Vaccination report Assam 1874-1896 - 1874-1896
Year: 1874
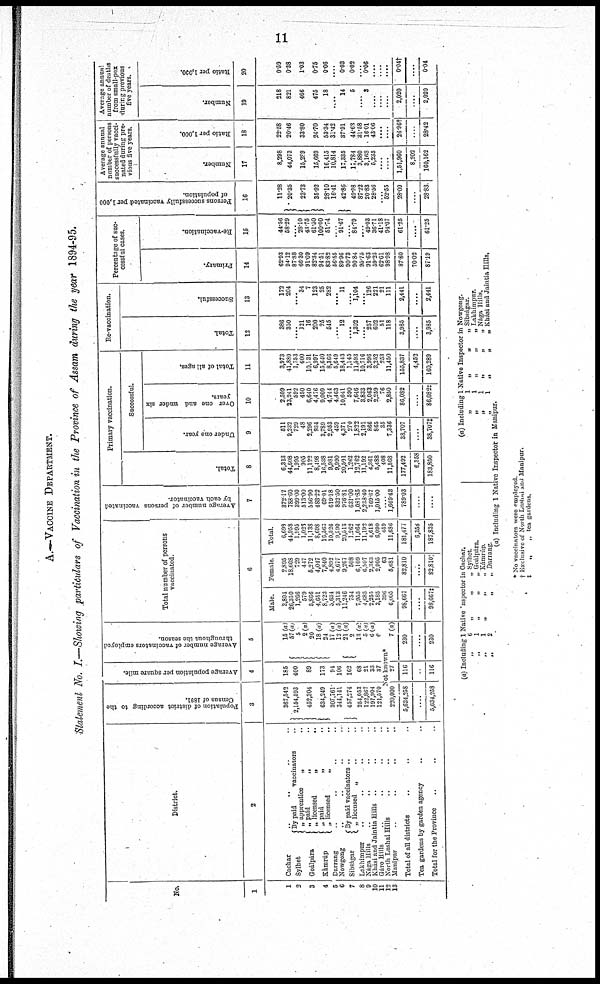
11
A.—VACCINE DEPARTMENT.
Statement No. I.—Showing particulars of Vaccination in the Province of Assam during the year 1894-95.
No.
1
1
2
3
4
5
6
7
8
9
10
11
12
13
District.
2
Cachar .. .. .. ..
Sylhet
Goálpára
Kámrúp
By paid
vaccinators ..
„ apprentice
„ ..
„ paid
„ ..
„ licensed
„
..
„ paid
„ ..
„ licensed
„ ..
Darrang .. .. .. ..
Nowgong .. .. .. ..
Sibságar
By paid vaccinators .. ..
„ licensed „
..
..
Lakhimpur .. .. .. ..
Nága Hills .. .. .. ..
Khasi and Jaintia Hills .. .. ..
Gáro Hills .. .. .. ..
North Lushar Hills .. .. .. ..
Manipur
..
..
..
..
Total of all districts .. .. ..
Tea gardens by garden agency .. ..
Total for the Province .. .. .. ..
Population of district according to the
Census of 1891.
3
367,542
2,154,593
452,304
634,249
307,761
344,141
457,274
254,053
122,867
197,904
121,570
Average population per square mile.
4
185
400
89
173
94
100
162
68
21
33
37
Average number of vaccinators employed
throughout the season.
5
15(a)
57(a)
5
2(a)
20
18 (a)
24
17(a)
12(a)
21 (a)
2
13(a)
5(a)
6(a)
6
Not known*
220,000
5,634,258
....
5,634,258
27
116
..
116
7(a)
230
....
230
Total number of persons
vaccinated.
6
Male.
3,804
26,350
1,266
579
5,866
4,651
8,723
3,684
5,313
11,246
754
7,955
4,685
2,255
3,185
396
6,005
98,667
....
98,667‡
Female.
2,895
18,608
729
417
5,272
4,047
7,840
4,892
4,677
9,267
508
6,109
6,507
2,663
2,905
63
5,681
82,810
....
82,810†
Total
6,699
44,958
1,995
1,026
11,138
8,698
16,566
10,526
9,990
20,516
1,262
11,064
11,192
4,618
6,090
459
11,686
181,477
6,358
187,835
Average number of persons vaccinated
by each vaccinator.
7
372.17
788.60
399.00
513.00
556.90
483.22
69.01
619.18
832.50
976.81
631.00
1,081.85
2,238.40
769.67
1,015.00
....
1,669.43
789.03
....
....
Primary vaccination.
Total.
8
6,313
44,608
1,995
905
11,122
8,498
16,538
9,981
9,990
20,501
1,262
12,762
11,192
4,361
5,488
408
11,568
177,492
6,358
183,850
Successful.
Under one year.
9
511
9,232
729
48
2,296
934
3,789
2,953
459
4,371
270
1,822
2,191
866
865
35
7,336
38,707
....
38,707‡
Over one and under six
years.
10
2,509
23,241
592
450
6,640
4,476
9,009
4,744
4,463
10,641
590
7,646
3,833
2,063
2,259
76
2,850
86,082
....
86,082‡
Total of all ages.
11
3,973
41,880
1,753
600
10,131
6,997
15,640
8,366
5,649
18,443
1,145
11,596
10,716
3,996
3,252
253
11,450
155,837
4,452
160,289
Re-vaccination.
Total.
12
386
350
.... 121
16
200
26
545
.... 12
....
1,302
.... 257
602
51
118
3,985
....
3,985
Successful.
13
172
204
.... 34
7
123
25
282
....
11
....
1,104
....
126
221
21
111
2,441
....
2,441
Percentage of suc-
cessful cases.
Primary.
14
62.93
94.12
87.38
66.30
91.09
82.34
94.51
83.82
56.55
89.96
90.73
90.84
95.75
91.63
59.25
62.01
98.98
87.80
70.02
87.19
Re-vaccination.
15
44.56
58.29
.... 28.10
43.75
61.50
100.00
51.74
....
91.67
.... 84.79
.... 49.03
36.71
41.18
94.07
61.25
....
61.25
Persons successfully vaccinated per 1,000
of population.
16
11.28
20.35
23.73
35.92
28.10
16.41
42.86
49.98
87.22
20.83
28.56
.... 52.55
28.09
....
28.88
Average annual
number of persons
successfully vacci-
nated during pre-
vious five years.
Number.
17
8,298
44,073
15,289
15,669
16,415
10,814
17,335
11,784
3,880
3,168
5,235
....
....
1,51,960
8,202
160,162
Ratio per 1,000.
18
22.58
20.46
33.80
24.70
53.34
31.42
37.91
44.63
31.58
16.01
43.06
....
....
26.96†
....
28.42
Average annual
number of deaths
from small-pox
during previous
five years.
Number.
19
218
821
466
475
18
....
14
5
.... 3
....
....
....
2,020
....
2,020
Ratio per 1,000.
20
0.59
0.38
1.03
0.75
0.06
....
0.03
0.02
.... 0.06
....
....
....
0.04†
....
0.04
(a) Including 1 Native Inspector in Cachar.
„ 6
„
„
„ Sylhet
„
1
„
„
„ Goálpára.
„
1
„
„
„ Kámrúp
„
2
„
„ Darrang
(a) Including 1 Native Inspector in Nowgong.
„
1
„
„
„ Sibságar.
„
1
„
„
„ Lakhimpur.
„
1
„
„
„ Nága Hills.
„ 1
„
„
„ Khási and Jaintia Hills.
(a) including 1 Native Inspector in Manipur.
* No vaccinators were employed.
† Exclusive or North Lushai and Manipur.
‡
„
„ tea gardens.